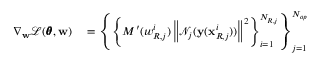
\begin{array} { r l } { \nabla _ { \mathbf { w } } \mathcal { L } ( \pmb { \theta } , \mathbf { w } ) } & { { } = \left\{ \left\{ { M ^ { \prime } ( w _ { R , j } ^ { i } ) \left\| \mathcal { N } _ { j } ( \mathbf { y } ( \mathbf { x } _ { R , j } ^ { i } ) ) \right\| ^ { 2 } } \right\} _ { i = 1 } ^ { N _ { R , j } } \right\} _ { j = 1 } ^ { N _ { o p } } } \end{array}